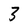
Character: 3